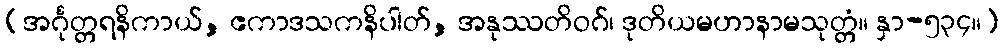
(အင်္ဂုတ္တရနိကာယ်, ဧကာဒသကနိပါတ်, အနုဿတိဝဂ်၊ ဒုတိယမဟာနာမသုတ္တံ။ နှာ-၅၃၄။)